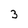
Character: 3